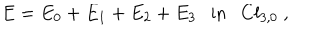
E = E _ { 0 } + E _ { 1 } + E _ { 2 } + E _ { 3 } \mathrm { i n } C l _ { 3 , 0 } ~ ,